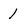
Character: 1